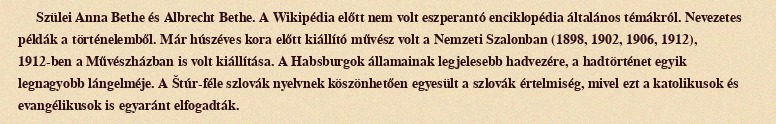
Szülei Anna Bethe és Albrecht Bethe. A Wikipédia előtt nem volt eszperantó enciklopédia általános témákról. Nevezetes példák a történelemből. Már húszéves kora előtt kiállító művész volt a Nemzeti Szalonban (1898, 1902, 1906, 1912), 1912-ben a Művészházban is volt kiállítása. A Habsburgok államainak legjelesebb hadvezére, a hadtörténet egyik legnagyobb lángelméje. A Štúr-féle szlovák nyelvnek köszönhetően egyesült a szlovák értelmiség, mivel ezt a katolikusok és evangélikusok is egyaránt elfogadták.